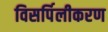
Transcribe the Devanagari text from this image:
विसर्पिलीकरण